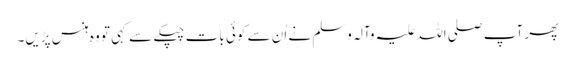
پھر آپ صلی اللہ علیہ وآلہ وسلم نے اُن سے کوئی بات چپکے سے کہی تو وہ ہنس پڑیں۔